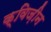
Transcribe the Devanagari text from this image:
क्विज़ीन